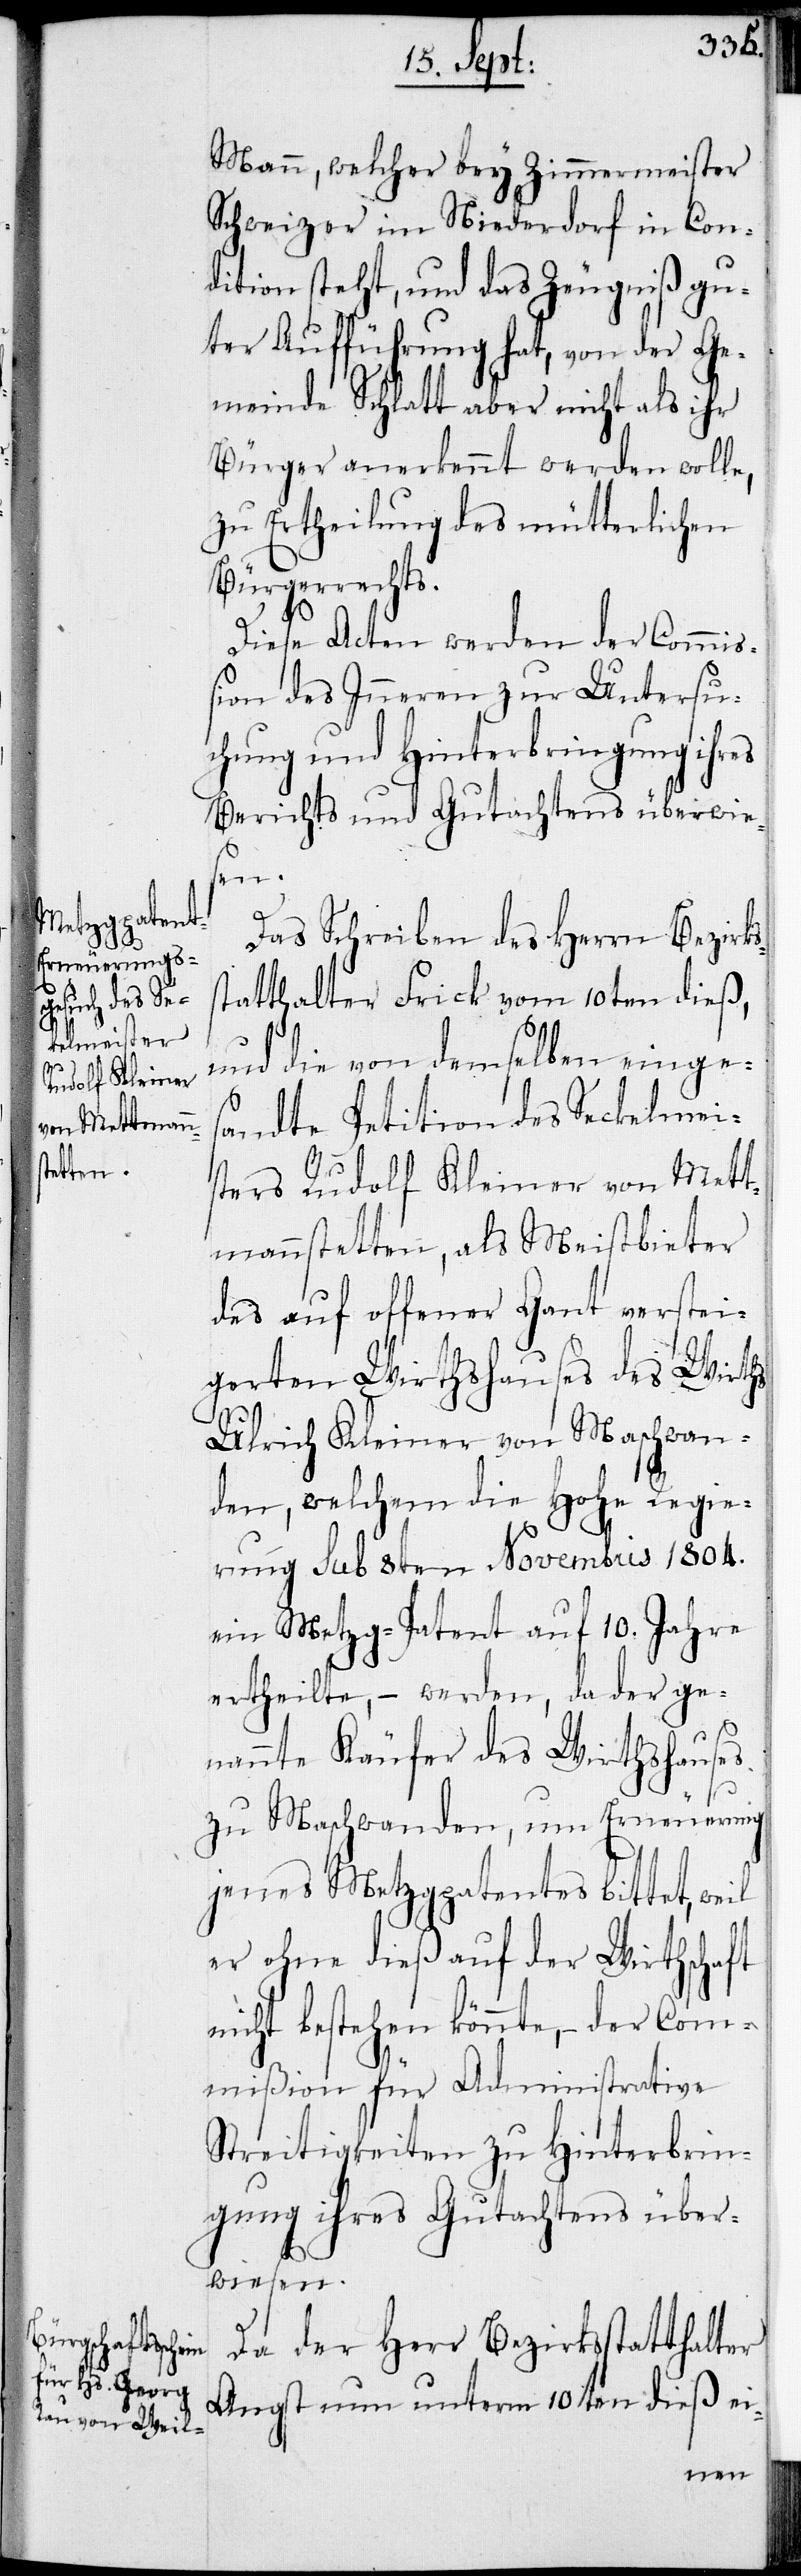
Mann, welcher bey Zimmermeister
Schweizer im Niederdorf in Con¬
dition steht, und das Zeugniß gu¬
ter Aufführung hat, von der Ge¬
meinde Schlatt aber nicht als ihr
Bürger anerkennt werden wolle,
zu Ertheilung des mütterlichen
Bürgerrechts.
Diese Akcen werden der Commi¬
ßion des Inneren zur Untersu¬
chung und Hinterbringung ihres
Berichts und Gutachtens überwies¬
en
Das Schreiben des Herrn Bezirks¬
statthalter Frick vom 10ten dieß,
und die von demselben einge¬
sandte Petition des Seckelmei¬
sters Rudolf Kleiner von Mett¬
menstetten, als Meistbieter
des auf offener Gant verstei¬
gerten Wirthshauses des Wirths
Ulrich Kleiner von Maschwan¬
den, welchem die Hohe Regie¬
rung sub 8ten Novembris 1804.
ein Metzg-Patent auf 10. Jahre
ertheilte, – werden, da der ge¬
nannte Käufer des Wirthshauses
zu Maschwanden, um Erneuerung
jenes Metzgpatentes bittet, weil
er ohne dieß auf der Wirthschaft
nicht bestehen könnte, – der Com¬
mißion für Administrative
Streitigkeiten zu Hinterbrin¬
gung ihres Gutachtens über¬
wiesen.
Da der Herr Bezirksstatthalter
Angst nun unterm 10ten dieß ei-